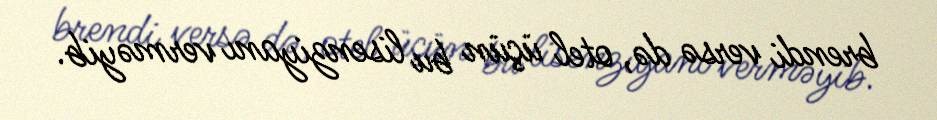
brendi versə də, otel üçün bu lisenziyanı verməyib.